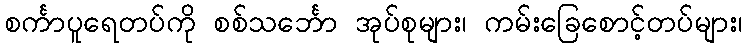
စင်္ကာပူရေတပ်ကို စစ်သင်္ဘော အုပ်စုများ၊ ကမ်းခြေစောင့်တပ်များ၊